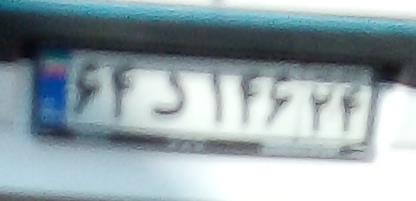
۶۴د۱۴۶۲۴